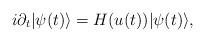
LaTeX: \begin{align*}i \partial_t |\psi(t)\rangle = H(u(t))|\psi(t)\rangle,\end{align*}